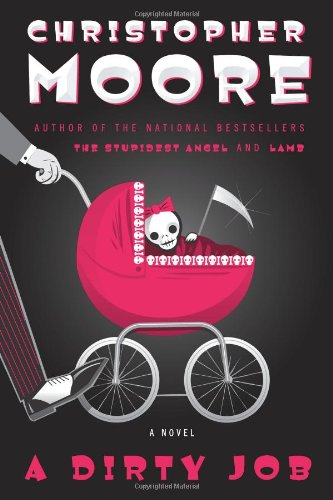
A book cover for A Dirty Job: A Novel; Christopher Moore; Science Fiction & Fantasy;